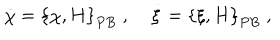
LaTeX: { \dot { \chi } } = \left\{ \chi , H \right\} _ { P B } \; , \; { \dot { \xi } } = \left\{ \xi , H \right\} _ { P B } \; ,